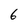
Character: 6